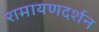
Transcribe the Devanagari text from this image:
रामायणदर्शन